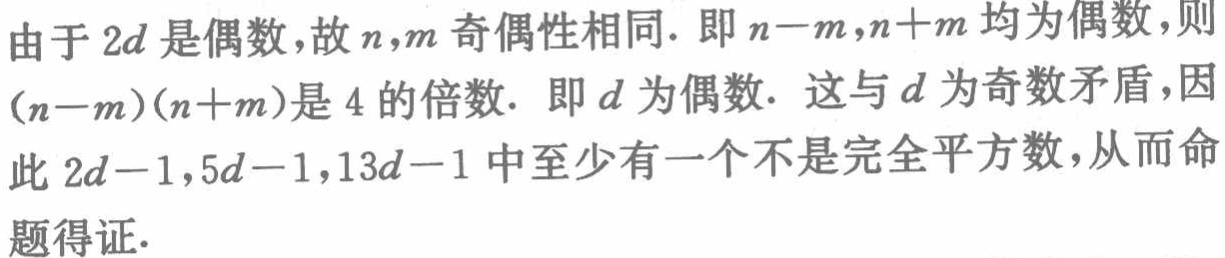
由于 \(2d\) 是偶数，故 \(n,m\) 奇偶性相同. 即 \(n - m,n + m\) 均为偶数，则 \((n - m)(n + m)\) 是 \(4\) 的倍数. 即 \(d\) 为偶数. 这与 \(d\) 为奇数矛盾，因此 \(2d - 1,5d - 1,13d - 1\) 中至少有一个不是完全平方数，从而命题得证.